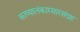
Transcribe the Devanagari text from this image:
काव्यालंकारसारसंग्रह